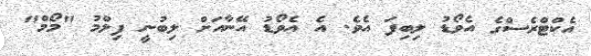
އެކްޓްރެސްގެ އެވޯޑު ލިބިފަ އެވެ. އެ އެވޯޑު އޭނާއަށް ލިބުނީ ފިލްމު "މޯމް"